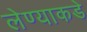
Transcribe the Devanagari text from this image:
लेण्याकडे